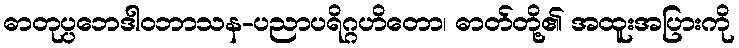
ဓာတုပ္ပဘေဒါဝဘာသန-ပညာပရိဂ္ဂဟိတော၊ ဓာတ်တို့၏ အထူးအပြားကို